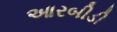
આરબીડી